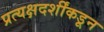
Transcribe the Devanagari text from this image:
प्रत्यक्षदर्शींकडून